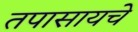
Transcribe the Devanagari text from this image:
तपासायचे